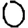
Digit: 0